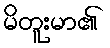
မိတူးမာ၏